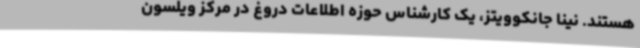
هستند. نینا جانکوویتز، یک کارشناس حوزه اطلاعات دروغ در مرکز ویلسون